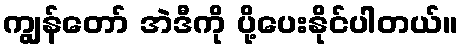
ကျွန်တော် အဲဒီကို ပို့ပေးနိုင်ပါတယ်။